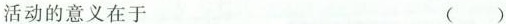
活动的意义在于 ()